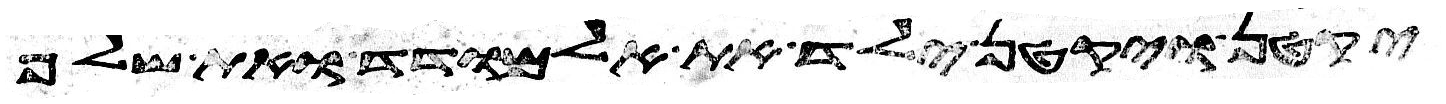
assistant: יקטן ויקטן ילד את אלמודד ואת שלף